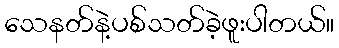
သေနတ်နဲ့ပစ်သတ်ခဲ့ဖူးပါတယ်။